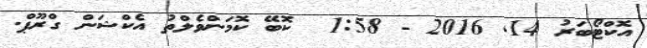
އޮކްޓޯބަރު 14